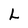
Character: L